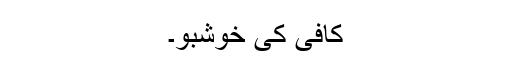
کافی کی خوشبو۔